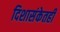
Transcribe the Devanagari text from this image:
दिशासंकेतही